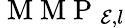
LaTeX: \mathrm{~M~M~P~}_{{\cal E},l}